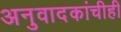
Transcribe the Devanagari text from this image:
अनुवादकांचीही